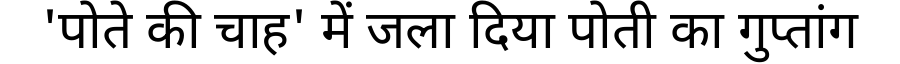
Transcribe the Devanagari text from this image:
'पोते की चाह' में जला दिया पोती का गुप्तांग